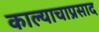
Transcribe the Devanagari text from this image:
काल्याचाप्रसाद